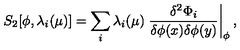
S _ { 2 } [ \phi , \lambda _ { i } ( \mu ) ] = \sum _ { i } \lambda _ { i } ( \mu ) \left. { \frac { \delta ^ { 2 } \Phi _ { i } } { \delta \phi ( x ) \delta \phi ( y ) } } \right| _ { \phi } ,